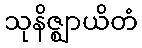
သုနိဇ္ဈာယိတံ